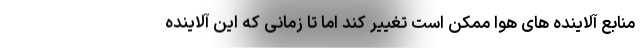
منابع آلاینده های هوا ممکن است تغییر کند اما تا زمانی که این آلاینده